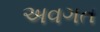
અવગત